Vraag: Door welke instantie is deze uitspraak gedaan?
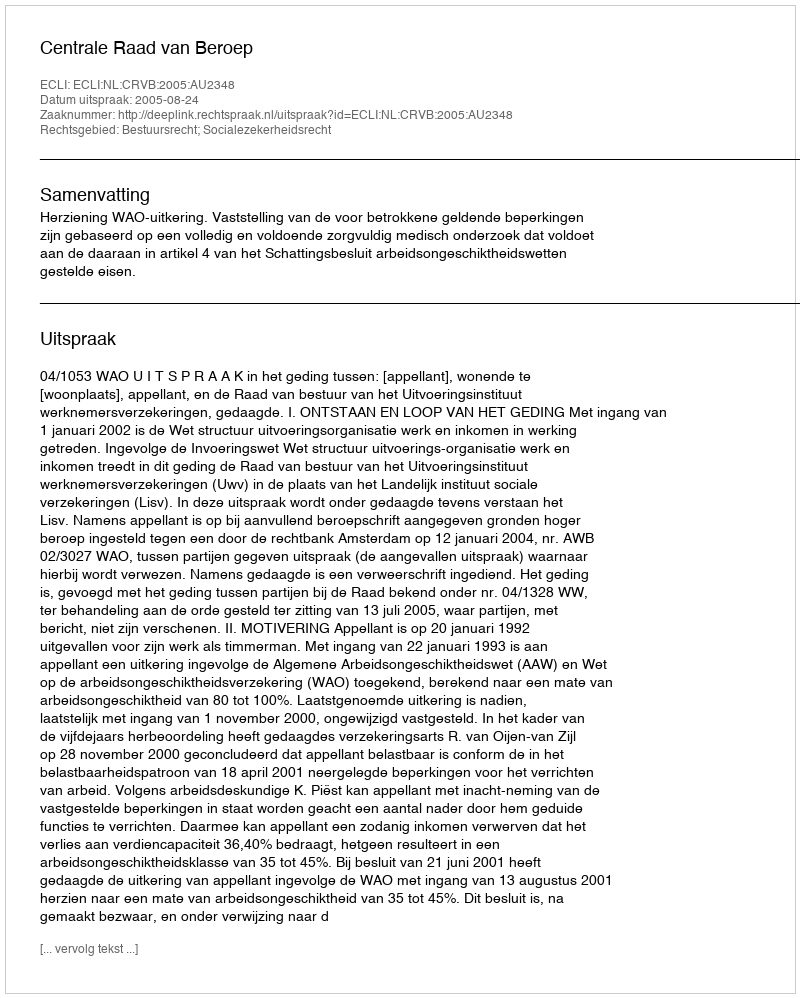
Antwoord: Centrale Raad van Beroep